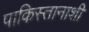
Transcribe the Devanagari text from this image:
पाकिस्तानाशी